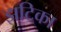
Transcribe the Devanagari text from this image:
झटिका